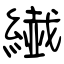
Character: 繊